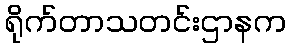
ရိုက်တာသတင်းဌာနက